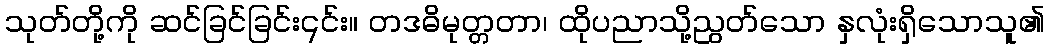
သုတ်တို့ကို ဆင်ခြင်ခြင်း၎င်း။ တဒဓိမုတ္တတာ၊ ထိုပညာသို့ညွတ်သော နှလုံးရှိသောသူ၏